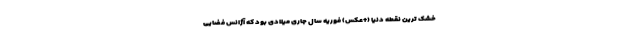
خشک ترین نقطه دنیا (+عکس) فوریه سال جاری میلادی بود که آژانس فضایی